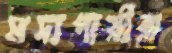
মদ্যপায়ীরা